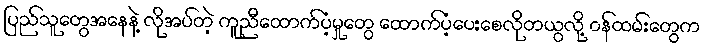
ပြည်သူတွေအနေနဲ့ လိုအပ်တဲ့ ကူညီထောက်ပံ့မှုတွေ ထောက်ပံ့ပေးစေလိုတယွလို့ ၀န်ထမ်းတွေက